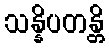
သန္နိပတန္တိ